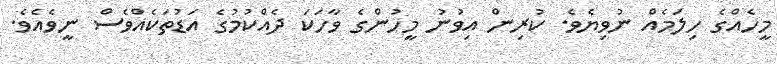
މީހެއްގެ ހިލަމެއް ނުވިޔެވެ. ކުރިން އިވުނު މީހުންގެ ވާހަކަ ދެއްކުމުގެ އަޑުތަކެއްވެސް ނީވެއެވެ.